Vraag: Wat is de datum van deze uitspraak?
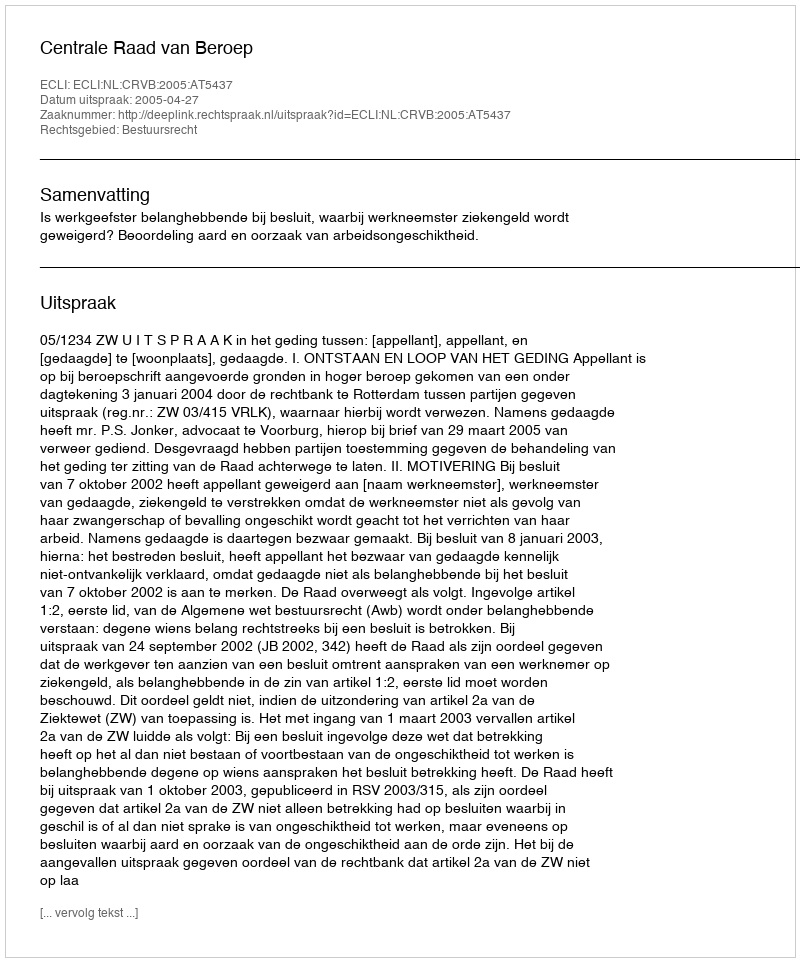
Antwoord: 2005-04-27